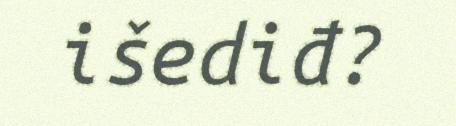
išediđ?